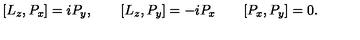
[ L _ { z } , P _ { x } ] = i P _ { y } , \qquad [ L _ { z } , P _ { y } ] = - i P _ { x } \qquad [ P _ { x } , P _ { y } ] = 0 .